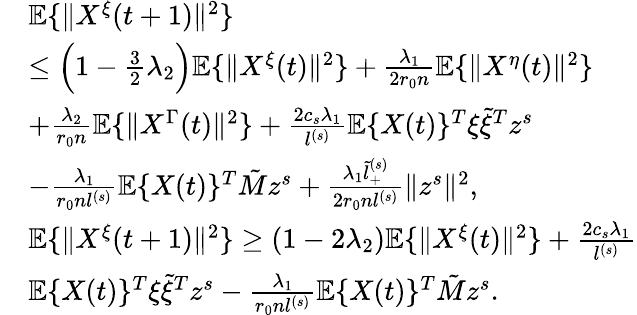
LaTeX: \begin{array}{rl}&{\mathbb{E}\{ \| X^{\xi}(t+1)\| ^{2}\} }\\ &{\le\Big(1-\frac 32\lambda_{2}\Big)\mathbb{E}\{ \| X^{\xi}(t)\| ^{2}\} +\frac{\lambda_{1}}{2r_{0}n}\mathbb{E}\{ \| X^{\eta}(t)\| ^{2}\} }\\ &{+\frac{\lambda_{2}}{r_{0}n}\mathbb{E}\{ \| X^{\Gamma}(t)\| ^{2}\} +\frac{2c_{s}\lambda_{1}}{l^{(s)}}\mathbb{E}\{ X(t)\} ^{T}\xi\tilde{\xi}^{T}z^{s}}\\ &{-\frac{\lambda_{1}}{r_{0}nl^{(s)}}\mathbb{E}\{ X(t)\} ^{T}\tilde{M}z^{s}+\frac{\lambda_{1}\tilde{l}_{+}^{(s)}}{2r_{0}nl^{(s)}}\| z^{s}\| ^{2},}\\ &{\mathbb{E}\{ \| X^{\xi}(t+1)\| ^{2}\} \ge(1-2\lambda_{2})\mathbb{E}\{ \| X^{\xi}(t)\| ^{2}\} +\frac{2c_{s}\lambda_{1}}{l^{(s)}}}\\ &{\mathbb{E}\{ X(t)\} ^{T}\xi\tilde{\xi}^{T}z^{s}-\frac{\lambda_{1}}{r_{0}nl^{(s)}}\mathbb{E}\{ X(t)\} ^{T}\tilde{M}z^{s}.}\end{array}